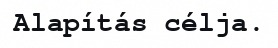
Alapítás célja.